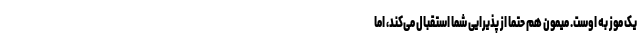
یک موز به اوست. میمون هم حتما از پذیرایی شما استقبال می‌کند، اما